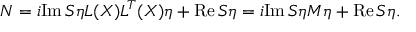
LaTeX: { \cal N } = i \mathrm { I m } \, S \eta L ( X ) L ^ { T } ( X ) \eta + \mathrm { R e } \, S \eta = i \mathrm { I m } \, S \eta M \eta + \mathrm { R e } \, S \eta .